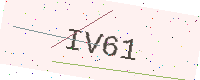
Text: IV61